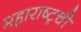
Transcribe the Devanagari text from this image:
महाराष्ट्रची